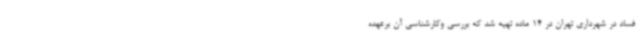
فساد در شهرداری تهران در 14 ماده تهیه شد که بررسی وکارشناسی آن برعهده